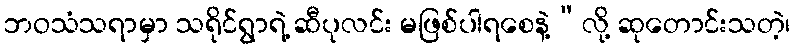
ဘဝသံသရာမှာ သရိုင်ရွာရဲ့ ဆီပုလင်း မဖြစ်ပါရစေနဲ့”လို့ ဆုတောင်းသတဲ့၊